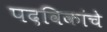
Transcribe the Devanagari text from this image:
पदविकांचे